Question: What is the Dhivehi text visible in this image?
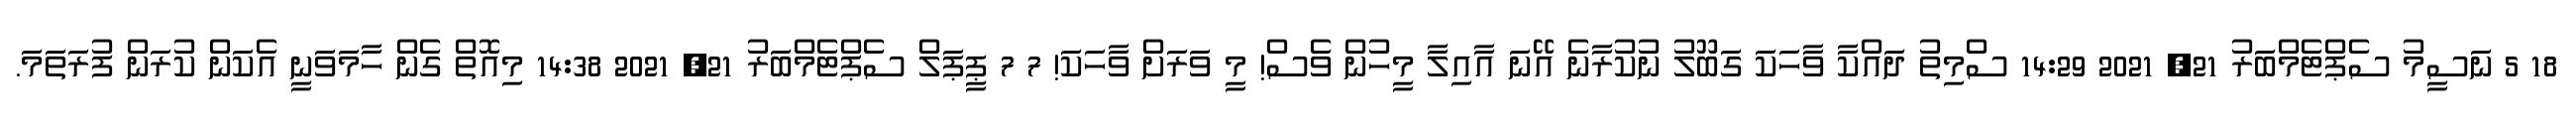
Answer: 18 5 ނަސީމު ސެޕްޓެމްބަރު 21, 2021 14:29 ސްމިތު ދައްކާ ވާހަކަ ގަބޫލު ނުކުރާނެ އޭނަ އާއިލާ މީހުން ވެސް! މީ ވަރަށް ވާހަކަ! 7 7 ޕީޕަލް ސެޕްޓެމްބަރު 21, 2021 14:38 މިއޮތް ގެން ހާމަވަނީ އެކަން ކުރަން ފުރަތަމަ.